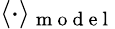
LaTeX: \langle\cdot\rangle_{\mathrm{~m~o~d~e~l~}}